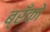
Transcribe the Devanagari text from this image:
ब्रँको